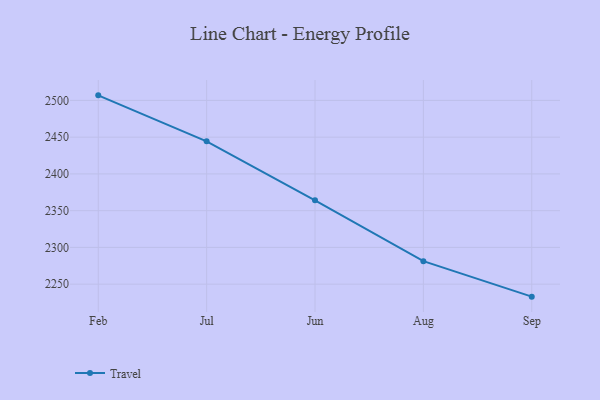
{"axis": {"x": "Month", "y": "Market Share (%)"}, "legend": ["Travel"], "data": [{"x": "Feb", "y": 2506.9, "type": "Travel"}, {"x": "Jul", "y": 2444.3, "type": "Travel"}, {"x": "Jun", "y": 2364.0, "type": "Travel"}, {"x": "Aug", "y": 2281.3, "type": "Travel"}, {"x": "Sep", "y": 2233.0, "type": "Travel"}]}